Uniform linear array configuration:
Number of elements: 16
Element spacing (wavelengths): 0.25
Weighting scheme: kaiser
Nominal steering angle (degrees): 0
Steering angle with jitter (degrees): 0.8211
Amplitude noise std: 0.05
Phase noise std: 0.05

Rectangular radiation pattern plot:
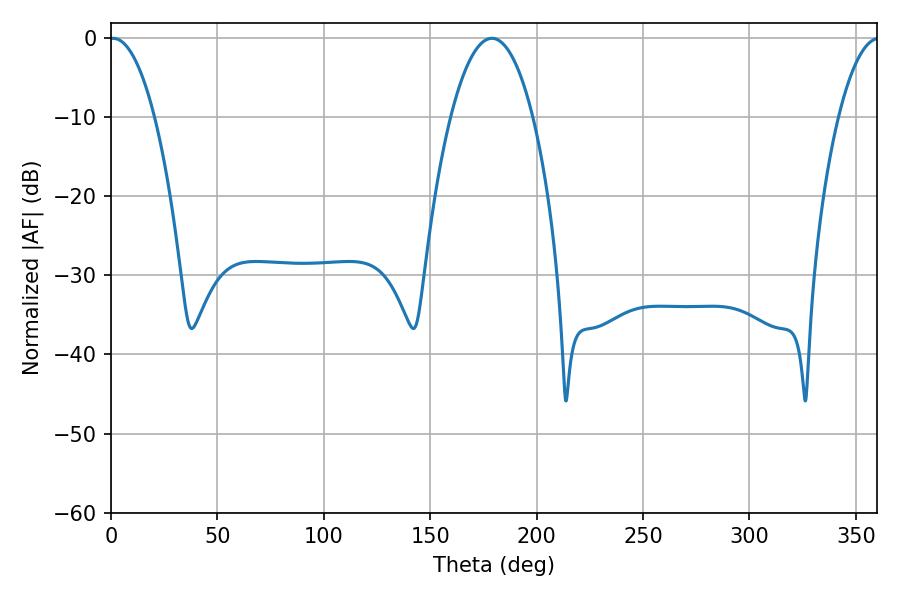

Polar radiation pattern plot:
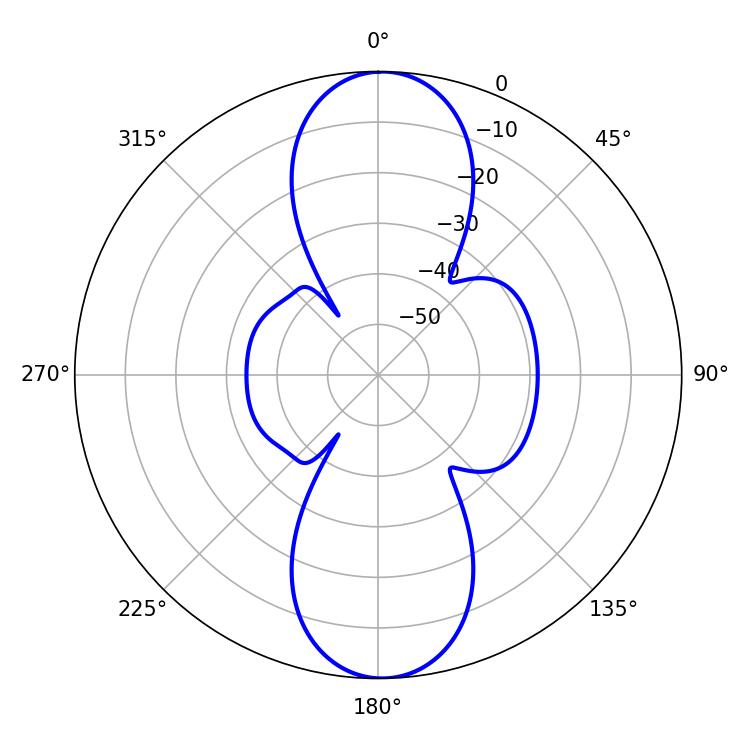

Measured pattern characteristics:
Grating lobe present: FALSE
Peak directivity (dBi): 20.866
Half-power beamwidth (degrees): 11.7
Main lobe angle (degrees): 1.08